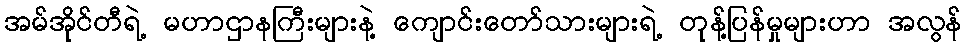
အမ်အိုင်တီရဲ့ မဟာဌာနကြီးများနဲ့ ကျောင်းတော်သားများရဲ့ တုန့်ပြန်မှုများဟာ အလွန်